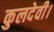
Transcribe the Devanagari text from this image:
कुलदेवी।